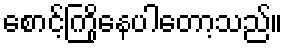
စောင့်ကြိုနေပါတော့သည်။